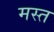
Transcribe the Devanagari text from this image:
मस्‍त